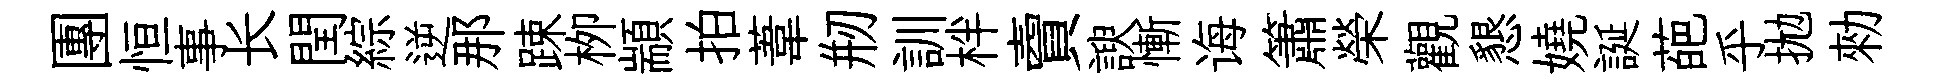
團恒事长閏綜逆那踈栁顓拍葦剏訓柈𧶠諛慚诲簫榮觀懇嬈誕葩乎拋勑